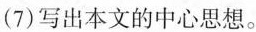
（7）写出本文的中心思想。